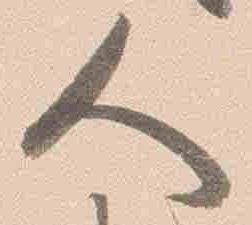
人